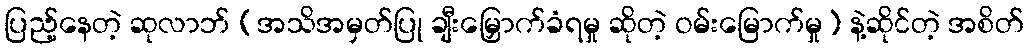
ပြည့်နေတဲ့ ဆုလာဘ် (အသိအမှတ်ပြု ချီးမြှောက်ခံရမှု ဆိုတဲ့ ဝမ်းမြောက်မှု) နဲ့ဆိုင်တဲ့ အစိတ်